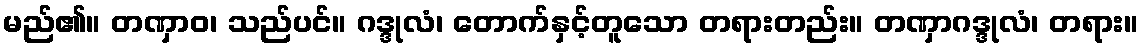
မည်၏။ တဏှာဝ၊ သည်ပင်။ ဂဒ္ဒုလံ၊ တောက်နှင့်တူသော တရားတည်း။ တဏှာဂဒ္ဒုလံ၊ တရား။